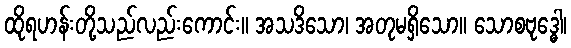
ထိုရဟန်းတို့သည်လည်းကောင်း။ အသဒိသော၊ အတုမရှိသော။ သောစဗုဒ္ဓေါ၊